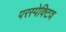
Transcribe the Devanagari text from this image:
परस्पेक्टिव